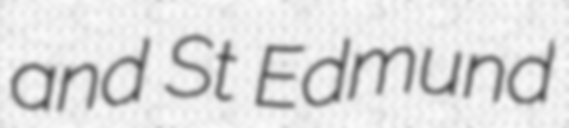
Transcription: and St Edmund